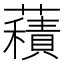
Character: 𧂐